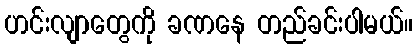
ဟင်းလျာတွေကို ခဏနေ တည်ခင်းပါမယ်။